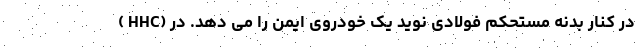
( HHC) در کنار بدنه مستحکم فولادی نوید یک خودروی ایمن را می دهد. در